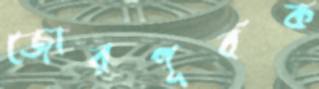
জোরপূর্বক